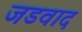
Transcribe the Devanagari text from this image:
जडवाद